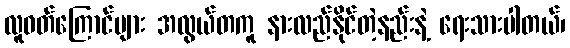
လူဝတ်ကြောင်များ အလွယ်တကူ နားလည်နိုင်တဲ့နည်းနဲ့ ရေးသားပါတယ်၊